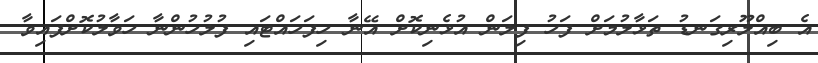
އެ ބިއްލޫރިގަނޑު ތަޅާލުމަށް ފަހު ފިލަން އުޅެނިކޮށް އޭނާ ހިފަހައްޓައި ފުލުހުންނާ ހަވާލުކޮށްފައިވާ